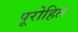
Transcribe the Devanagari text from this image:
पूरोहित